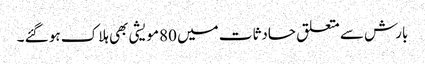
بارش سے متعلق حادثات میں 80مویشی بھی ہلاک ہو گئے ۔